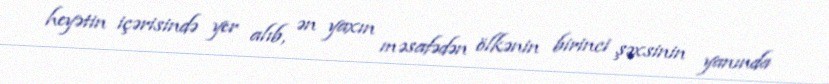
heyətin içərisində yer alıb, ən yaxın məsafədən ölkənin birinci şəxsinin yanında